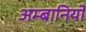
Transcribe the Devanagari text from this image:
अम्बानियों